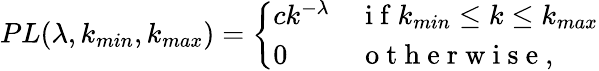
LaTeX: PL(\lambda,k_{min},k_{max})=\left\{ \begin{array}{ll}{ck^{-\lambda}}&{\mathrm{~i~f~}k_{min}\leq k\leq k_{max}}\\ {0}&{\mathrm{~o~t~h~e~r~w~i~s~e~,~}}\end{array}\right.